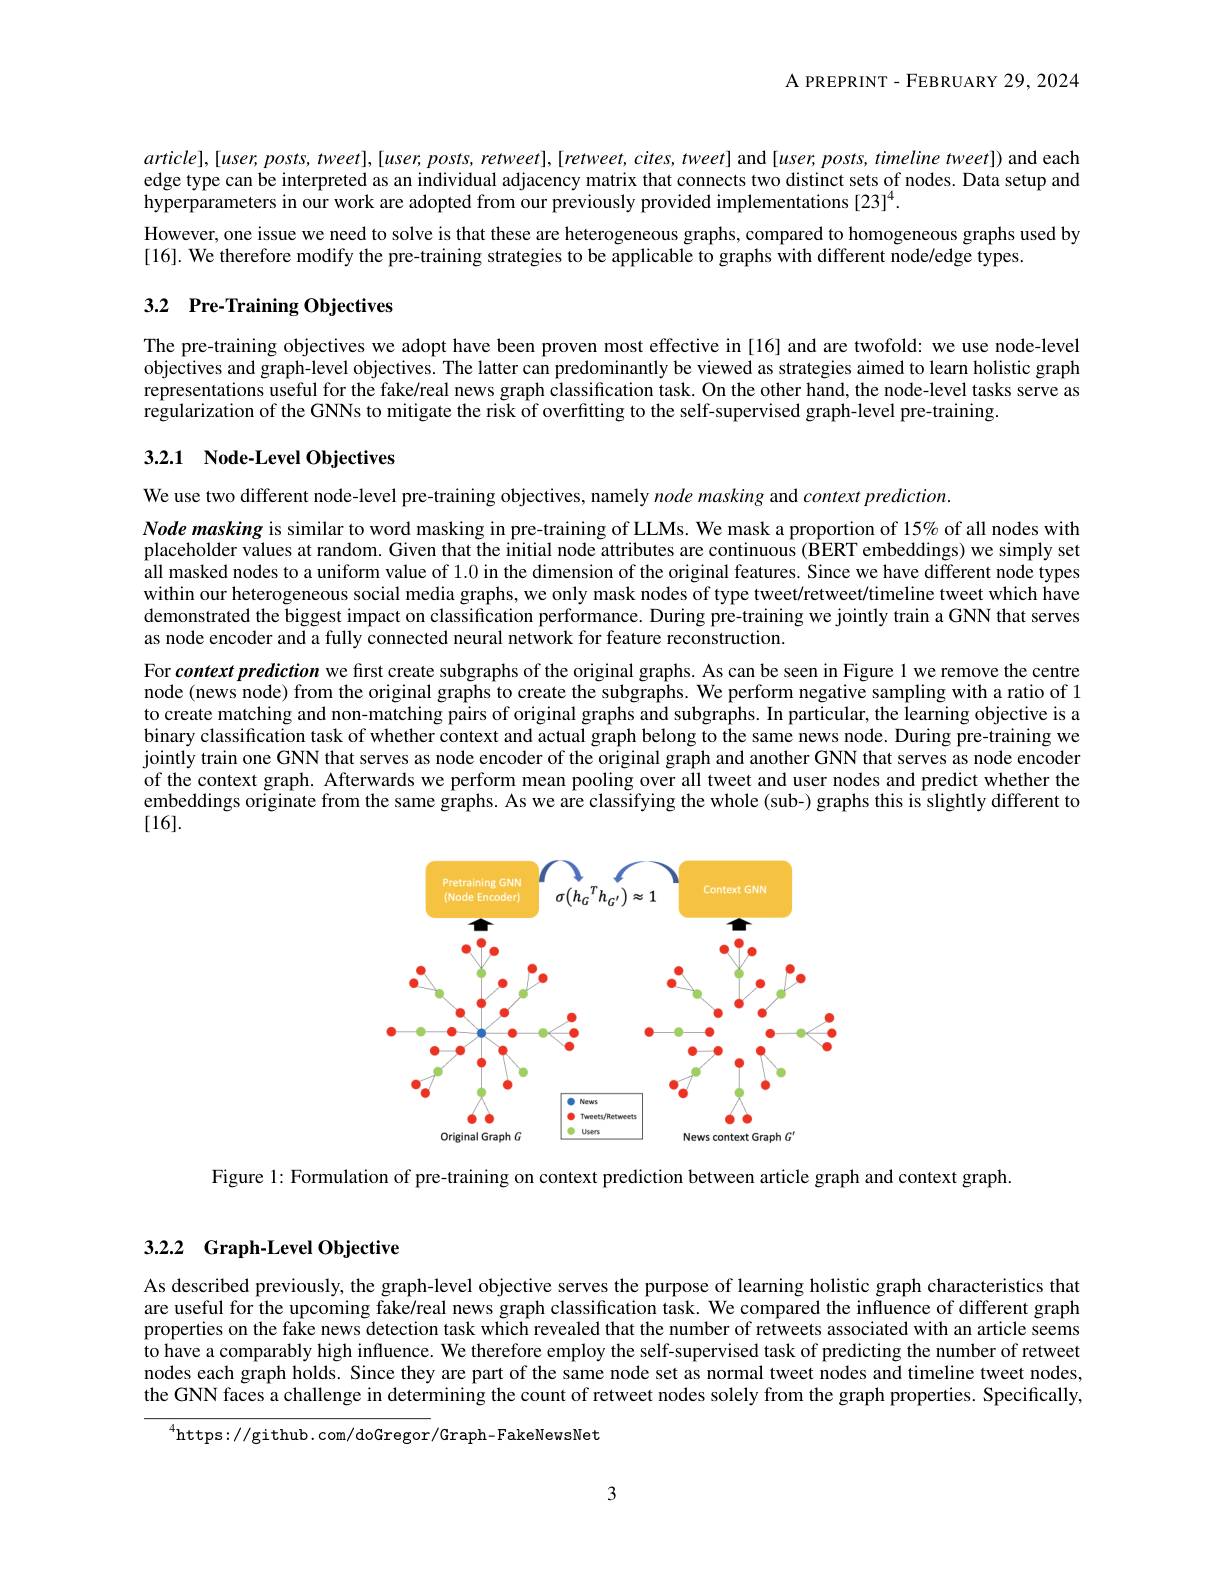
${\mathrm{A~PREPRINT-FEBRUARY~29,~2024}}$

$article],[user,posts,tweet],[user,posts,retweet],[retweet,cites,tweet]$ and $[user,posts,timelinetweet])$ and each edge type can be interpreted as an individual adjacency matrix that connects two distinct sets of nodes. Data setup and hyperparameters in our work are adopted from our previously provided implementations [23]$^{4}.$
However, one issue we need to solve is that these are heterogeneous graphs, compared to homogeneous graphs used by
[16]. We therefore modify the pre-training strategies to be applicable to graphs with different node/edge types.

# 3.2 Pre-Training Objectives

The pre-training objectives we adopt have been proven most effective in [16] and are twofold: we use node-level objectives and graph-level objectives. The latter can predominantly be viewed as strategies aimed to learn holistic graph representations useful for the fake/real news graph classification task. On the other hand, the node-level tasks serve as regularization of the GNNs to mitigate the risk of overfitting to the self-supervised graph-level pre-training

## 3.2.1 Node-Level Objectives

We use two different node-level pre-training objectives, namely $node\textit{masking and context prediction. }$
Node masking is similar to word masking in pre-training of LLMs. We mask a proportion of 15% of all nodes with placeholder values at random. Given that the initial node attributes are continuous (BERT embeddings) we simply set $\hat{\text{all masked nodes to a uniform value of }1.0\text{ in the dimension of the original features. Since we have different node types}}$ within our heterogeneous social media graphs, we only mask nodes of type tweet/retweet/timeline tweet which have demonstrated the biggest impact on classification performance. During pre-training we jointly train a GNN that serves as node encoder and a fully connected neural network for feature reconstruction.

For context prediction we first create subgraphs of the original graphs. As can be seen in Figure 1 we remove the centre node (news node) from the original graphs to create the subgraphs. We perform negative sampling with a ratio of 1 to create matching and non-matching pairs of original graphs and subgraphs. In particular, the learning objective is a binary classification task of whether context and actual graph belong to the same news node. During pre-training we jointly train one GNN that serves as n of the context graph. Afterwards we pe embeddings originate from the same graphs. As we are classifying the whole (sub-) graphs this is slightly different to [16].

<FigureHere>

Figure 1: Formulation of pre-training on context prediction between article graph and context graph.

# 3.2.2 Graph-Level Objective

As described previously, the graph-level objective serves the purpose of learning holistic graph characteristics that are useful for the upcoming fake/real news graph classification task. We compared the influence of different graph properties on the fake news detection task which revealed that the number of retweets associated with an article seems to have a comparably high influence. We therefore employ the self-supervised task of predicting the number of retweet nodes each graph holds. Since they are part of the same node set as normal tweet nodes and timeline tweet nodes, the GNN faces a challenge in determining the count of retweet nodes solely from the graph properties. Specifically,

$^{4}$https://github.com/doGregor/Graph-FakeNewsNet

3